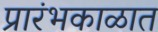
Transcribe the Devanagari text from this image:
प्रारंभकाळात